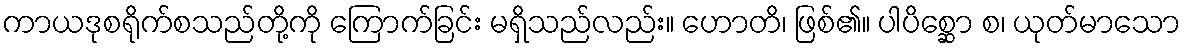
ကာယဒုစရိုက်စသည်တို့ကို ကြောက်ခြင်း မရှိသည်လည်း။ ဟောတိ၊ ဖြစ်၏။ ပါပိစ္ဆော စ၊ ယုတ်မာသော